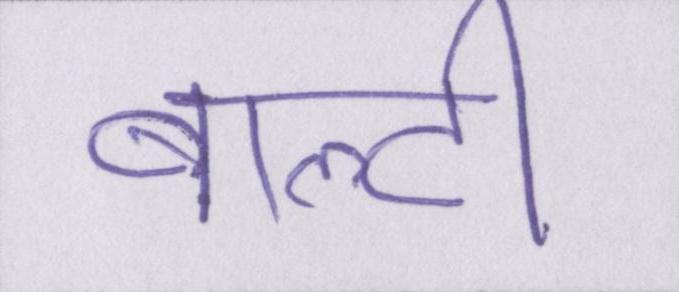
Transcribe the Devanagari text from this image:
बाल्टी